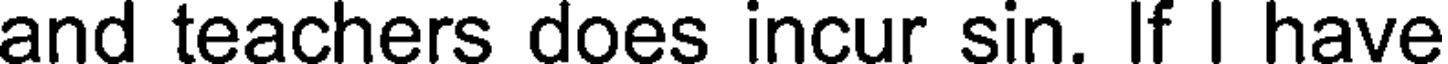
and teachers does incur sin. If I have